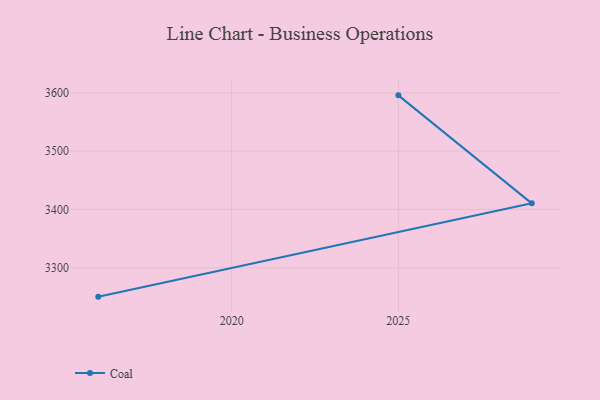
{"axis": {"x": "Year", "y": "Shipments"}, "legend": ["Coal"], "data": [{"x": "2025", "y": 3595.5, "type": "Coal"}, {"x": "2029", "y": 3410.4, "type": "Coal"}, {"x": "2016", "y": 3250.5, "type": "Coal"}]}